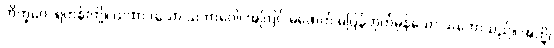
ဘိက္ခဝေ၊ ရဟန်းတို့။ ယထာ (ယော သဘာဝေါ၊ အကြင် မဖောက် မပြန်ဟုတ်မှန်သော သဘောသည်။ အတ္ထိ၊